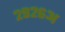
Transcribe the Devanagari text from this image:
२९२६अ